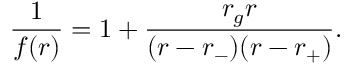
\frac { 1 } { f ( r ) } = 1 + \frac { r _ { g } r } { ( r - r _ { - } ) ( r - r _ { + } ) } .